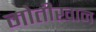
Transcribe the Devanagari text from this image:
मोतीखान